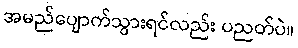
အမည်ပျောက်သွားရင်လည်း ပညတ်ပဲ။